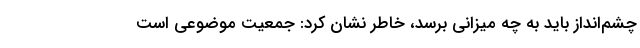
چشم‌انداز باید به چه میزانی برسد، خاطر نشان کرد: جمعیت موضوعی است